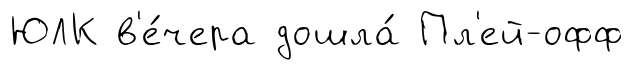
ЮЛК в'е́чера дошла́ Пл'ей-офф